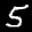
Label: 5